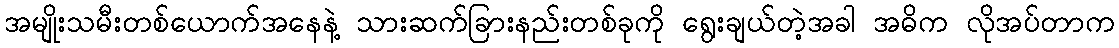
အမျိုးသမီးတစ်ယောက်အနေနဲ့ သားဆက်ခြားနည်းတစ်ခုကို ရွေးချယ်တဲ့အခါ အဓိက လိုအပ်တာက